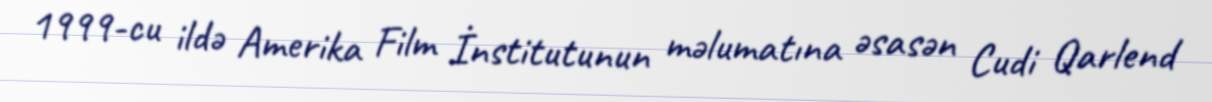
1999-cu ildə Amerika Film İnstitutunun məlumatına əsasən Cudi Qarlend